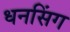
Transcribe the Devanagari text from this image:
धनसिंग